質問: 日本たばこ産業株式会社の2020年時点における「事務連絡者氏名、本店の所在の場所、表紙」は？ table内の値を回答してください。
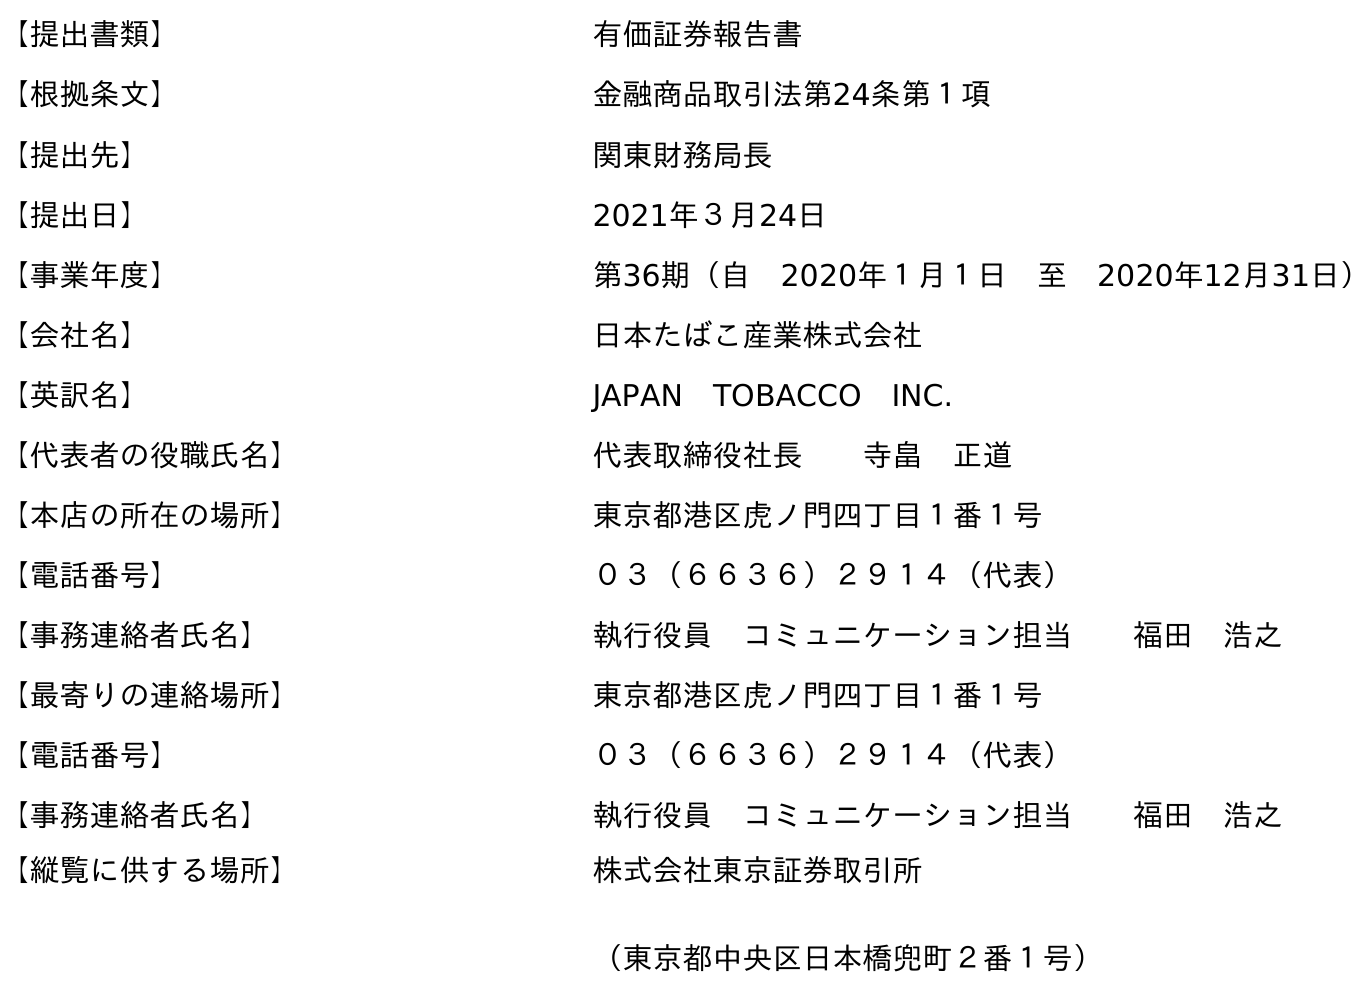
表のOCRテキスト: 【提出書類】 有価証券報告書 【根拠条文】 金融商品取引法第24条第１項 【提出先】 関東財務局長 【提出日】 2021年３月24日 【事業年度】 第36期（自 2020年１月１日 至 2020年12月31日） 【会社名】 日本たばこ産業株式会社 【英訳名】 JAPAN TOBACCO INC. 【代表者の役職氏名】 代表取締役社長  寺畠 正道 【本店の所在の場所】 東京都港区虎ノ門四丁目１番１号 【電話番号】 ０３（６６３６）２９１４（代表） 【事務連絡者氏名】 執行役員 コミュニケーション担当  福田 浩之 【最寄りの連絡場所】 東京都港区虎ノ門四丁目１番１号 【電話番号】 ０３（６６３６）２９１４（代表） 【事務連絡者氏名】 執行役員 コミュニケーション担当  福田 浩之 【縦覧に供する場所】 株式会社東京証券取引所 （東京都中央区日本橋兜町２番１号）
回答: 執行役員　コミュニケーション担当福田　浩之